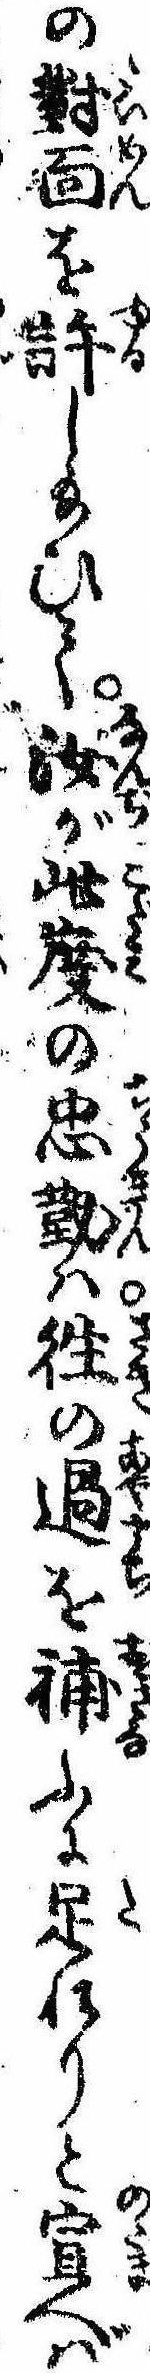
の対面を許し給ひて汝が此度の忠勤は往の過を補ふに足れりと宣へば